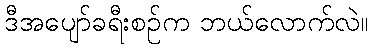
ဒီအပျော်ခရီးစဉ်က ဘယ်လောက်လဲ။